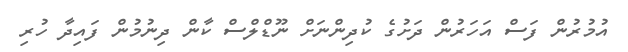
އުމުރުން ފަސް އަހަރުން ދަށުގެ ކުދިންނަށް ނޫޑްލްސް ކާން ދިނުމުން ފައިދާ ހުރި